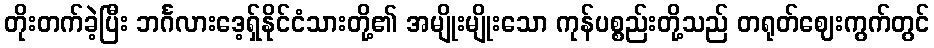
တိုးတက်ခဲ့ပြီး ဘင်္ဂလားဒေ့ရှ်နိုင်ငံသားတို့၏ အမျိုးမျိုးသော ကုန်ပစ္စည်းတို့သည် တရုတ်ဈေးကွက်တွင်